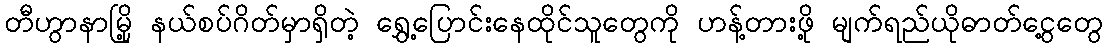
တီဟွာနာမြို့ နယ်စပ်ဂိတ်မှာရှိတဲ့ ရွှေ့ပြောင်းနေထိုင်သူတွေကို ဟန့်တားဖို့ မျက်ရည်ယိုဓာတ်ငွေ့တွေ